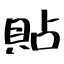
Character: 貼